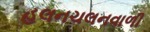
હલનચલનવાળી